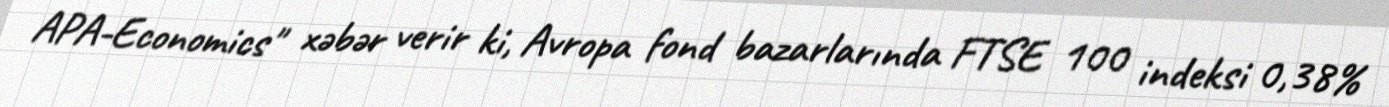
APA-Economics" xəbər verir ki, Avropa fond bazarlarında FTSE 100 indeksi 0,38%